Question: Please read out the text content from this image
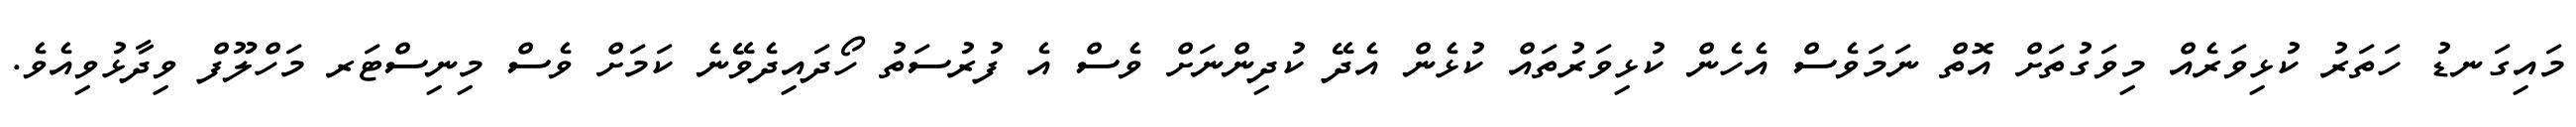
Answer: މައިގަނޑު ހަތަރު ކުޅިވަރެއް މިވަގުތަށް އޮތް ނަމަވެސް އެހެން ކުޅިވަރުތައް ކުޅެން އެދޭ ކުދިންނަށް ވެސް އެ ފުރުސަތު ހޯދައިދެވޭނެ ކަމަށް ވެސް މިނިސްޓަރ މަހްލޫފް ވިދާޅުވިއެވެ.